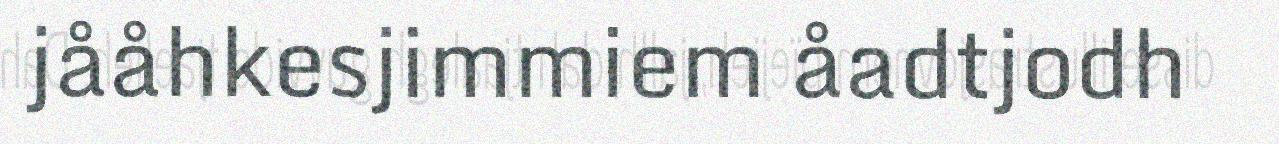
jååhkesjimmiem åadtjodh